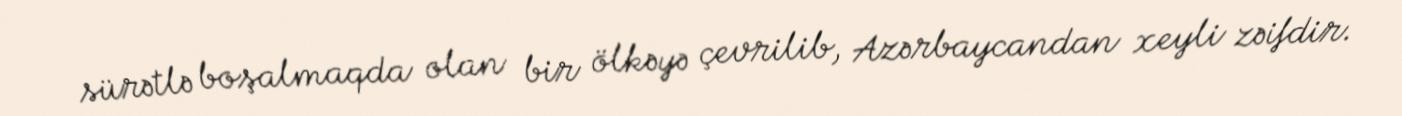
sürətlə boşalmaqda olan bir ölkəyə çevrilib, Azərbaycandan xeyli zəifdir.